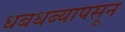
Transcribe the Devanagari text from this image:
धबधब्यापसून